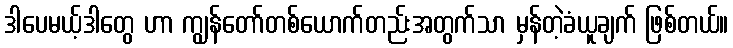
ဒါပေမယ့်ဒါတွေ ဟာ ကျွန်တော်တစ်ယောက်တည်းအတွက်သာ မှန်တဲ့ခံယူချက် ဖြစ်တယ်။